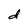
Character: d